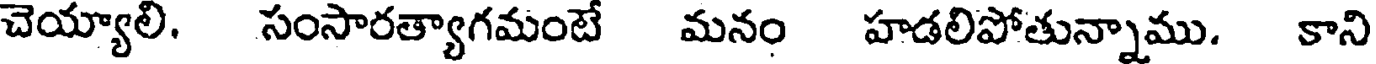
చెయ్యాలి. సంసారత్యాగమంటే మనం హడలిపోతున్నాము. కాని